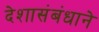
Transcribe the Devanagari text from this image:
देशासंबंधाने